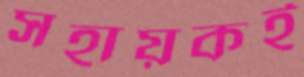
সহায়কই